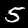
Label: 5